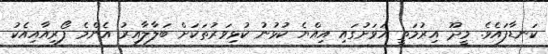
ކަނޑާފައެވެ. މީދޫ އިރުމަތީ އަވަށުގައި އިއްޔެ ކުޅުނު ކުޅިވަރުތަކަށް ބަލާލާއިރު އެންމެ ފޯރިއާއިއެކު